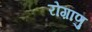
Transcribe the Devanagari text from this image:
रोग़ाणु